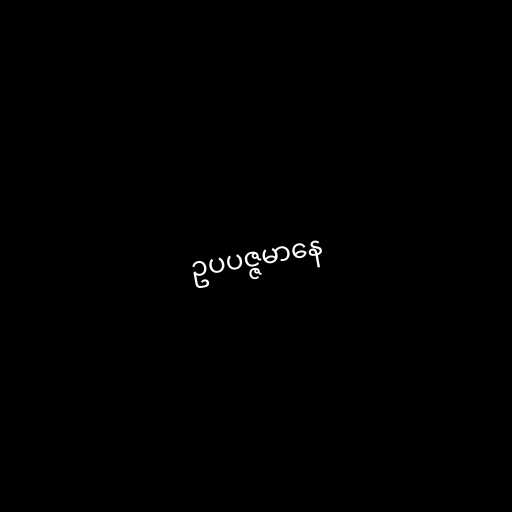
ဥပပဇ္ဇမာနေ